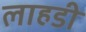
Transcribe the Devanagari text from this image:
लाहडी